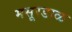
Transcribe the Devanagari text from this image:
मसूरडाळ